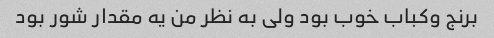
برنج وکباب خوب بود ولی به نظر من یه مقدار شور بود